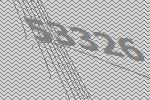
53326